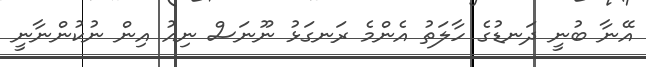
އޭނާ ބުނީ ދަނޑުގެ ހާލަތު އެންމެ ރަނގަޅު ނޫނަސް ނިއު އިން ނުކުންނާނީ